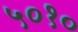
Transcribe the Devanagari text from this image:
५०१०